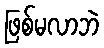
ဖြစ်မလာဘဲ